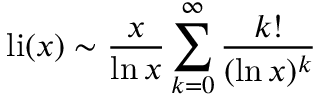
\operatorname { l i } ( x ) \sim { \frac { x } { \ln x } } \sum _ { k = 0 } ^ { \infty } { \frac { k ! } { ( \ln x ) ^ { k } } }